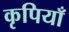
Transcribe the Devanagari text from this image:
कृपियाँ